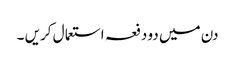
دن میں دو دفعہ استعما ل کریں ۔